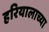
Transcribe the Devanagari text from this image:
हरियालाच्या